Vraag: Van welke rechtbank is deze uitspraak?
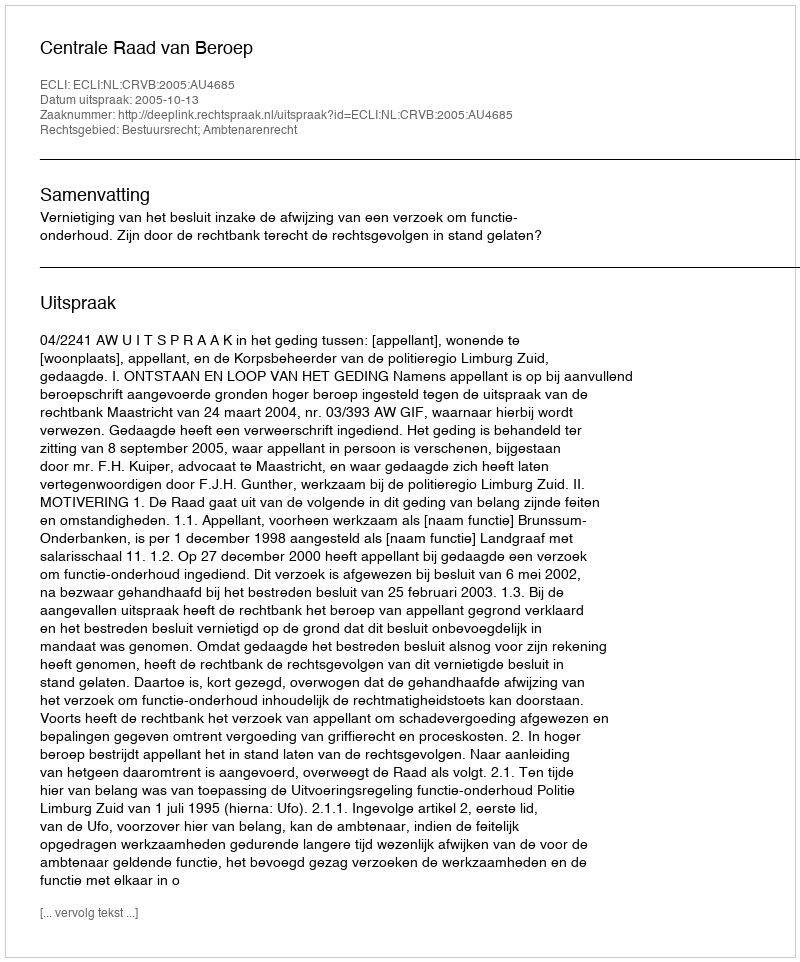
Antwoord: Centrale Raad van Beroep